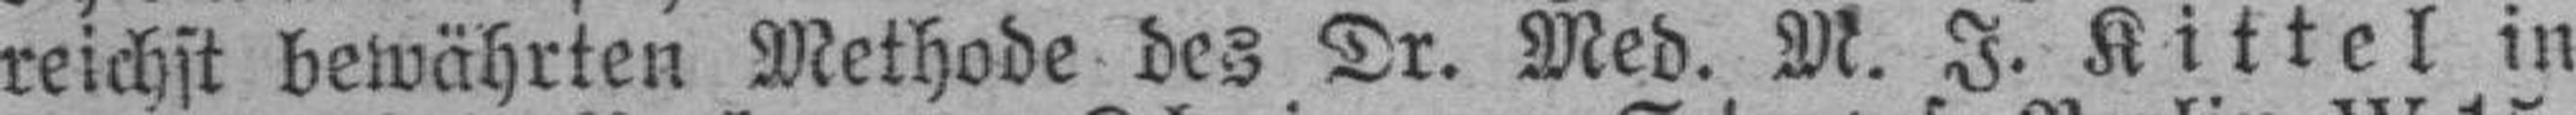
reichst bewährten Methode des Dr. Med. M. J. Kittel in